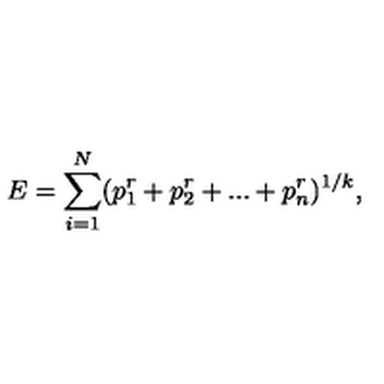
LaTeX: E = \sum _ { i = 1 } ^ { N } ( p _ { 1 } ^ { r } + p _ { 2 } ^ { r } + . . . + p _ { n } ^ { r } ) ^ { 1 / k } ,